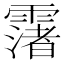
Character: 𩅻